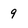
Character: 9